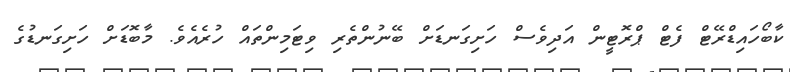
ކާބޯހައިޑްރޭޓް ފެޓް ޕްރޮޓީން އަދިވެސް ހަށިގަނޑަށް ބޭނުންތެރި ވިޓަމިންތައް ހުރެއެވެ. މާބޮޑަށް ހަށިގަނޑުގެ